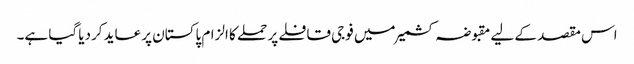
اس مقصد کے لیے مقبوضہ کشمیر میں فوجی قافلے پر حملے کا الزام پاکستان پر عاید کردیا گیا ہے۔